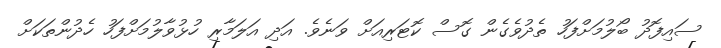
ސައިފޮދު ބޯލުމަށްފަހު ތެދުވެގެން ގޮސް ކޮޓަރިއަށް ވަނެވެ. އަދި އަލަމާރި ހުޅުވާލުމަށްފަހު ހެދުންތަކަށް